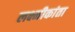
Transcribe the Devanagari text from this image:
लक्ष्मीकांता